system: You are a helpful assistant.
user:
Analyze the provided spectrum to determine if it is a **S-type Star**.

- **Key Indicators for S-type Star:**

    - **(Overall Spectrum Shape):** The first and most obvious characteristic is the overall continuum (the "baseline" shape). It is **extremely "red-sloping,"** meaning the flux (light intensity) is very low on the left side (blue, ~4000-4500 Å) and rises steeply and continuously toward the right side (red, ~7000 Å+).

    - **(Primary):** The spectrum is defined by the presence of strong, broad molecular absorption "valleys" (bands) from **Zirconium Oxide (ZrO)**. The identification of these bands is the **primary requirement** for classifying a star as S-type.
        - **(Key Bandheads):** You must find distinct, deep "dips" where the light has been absorbed. The most critical band systems to locate are:
            - **~6474 Å** ($\gamma$-system): This is often the strongest and clearest ZrO feature, found in the red part of the spectrum.
            - **~5718 Å** & **~5551 Å** ($\beta$-system): A pair of prominent absorption features in the yellow-orange part of the spectrum.
            - **~4640 Å** ($\alpha$-system): A key absorption band system in the blue-green region of the spectrum.

    - **(Secondary Confirmation):** The classification is strengthened by finding additional absorption bands from other related heavy element oxides, which are expected to be present alongside ZrO.
        - **(Key Bandheads):**
            - **Yttrium Oxide (YO):** Look for absorption dips near **~4800 Å** and **~6100 Å**.
            - **Lanthanum Oxide (LaO):** Additional absorption features, particularly in the red-orange part of the spectrum, are also characteristic.

    - **(Line Profile):** The combination of the steep red continuum and these numerous, deep molecular bands (ZrO, YO, etc.) gives the entire spectrum a very **"chopped-up"** or **"bumpy"** appearance. Instead of a smooth curve, the spectrum looks as though large, wide chunks of light have been "carved out" of it at the specific wavelengths listed above.

Think first, call **spectral_visualization_tool** if needed to examine features in detail, then provide your final answer. Your response must adhere to the following strict rules:
1.  **Overall Structure:** Your response must follow the format `<think>...</think> <tool_call>...</tool_call> (if a tool is used) <answer>...</answer>`.
2.  **Tool Usage Constraint:** You may only make **one** tool call per turn.
3.  **Final Answer Format:** In the `<answer>` tag, your conclusion must be inside a `\boxed{}` command (e.g., `\boxed{YES}` or `\boxed{NO}`), followed by your justification.

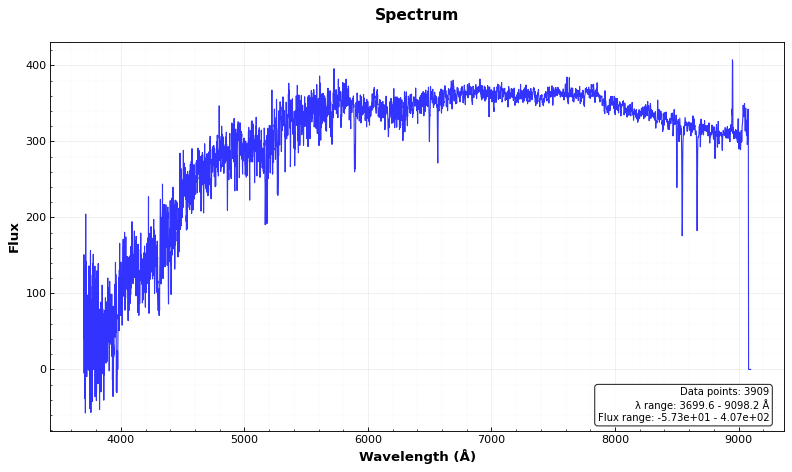
Answer: NO